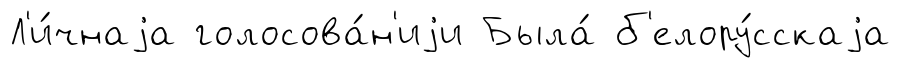
Л'и́чнаjа голосова́н'иjи Была́ б'елору́сскаjа